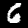
Label: 6